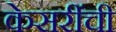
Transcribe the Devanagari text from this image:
केसरींची